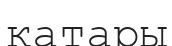
катары